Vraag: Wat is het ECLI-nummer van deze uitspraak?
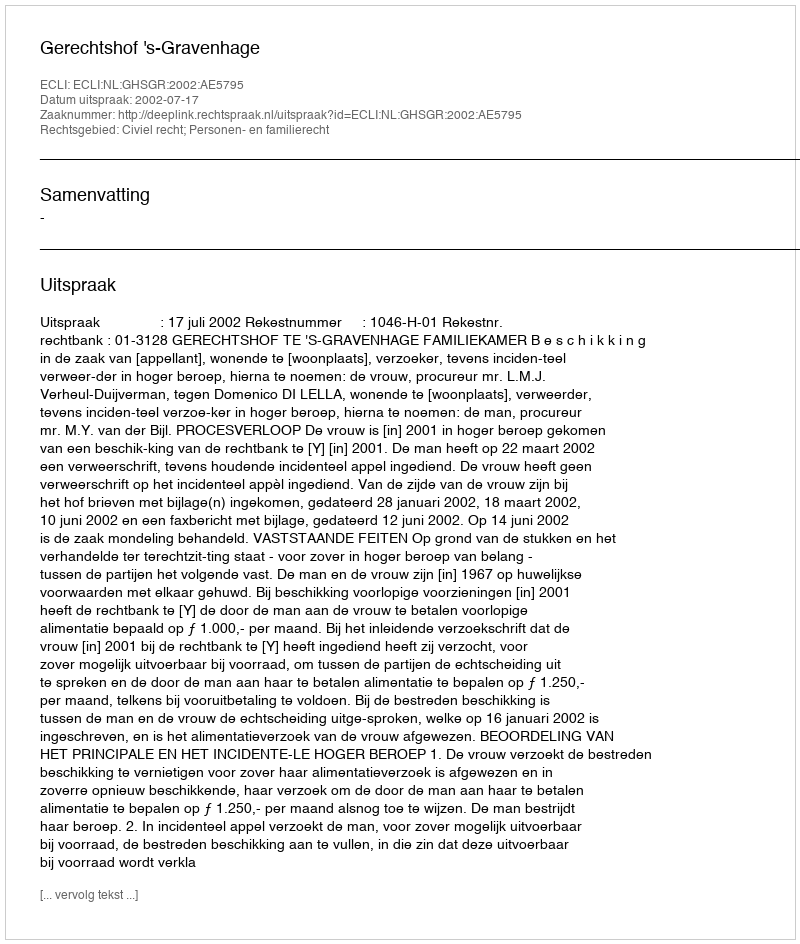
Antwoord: ECLI:NL:GHSGR:2002:AE5795